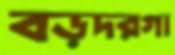
বড়দরগা